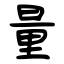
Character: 量